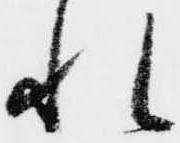
れ